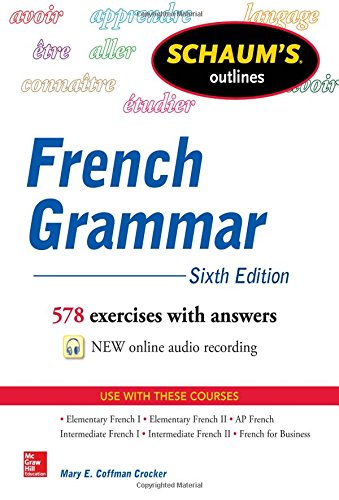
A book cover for Schaum's Outline of French Grammar; Mary Crocker; Reference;